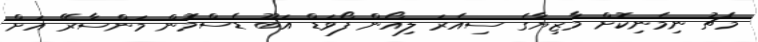
މެޗު ނިމެނިކޮށް މާޒިޔާގެ ސިއެރަ ލިއޯން ފޯވަޑް އަބޫ ޑެސްމޮން މަންސާރޭ އަށް